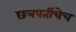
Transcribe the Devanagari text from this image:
छत्रपतींचेच